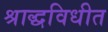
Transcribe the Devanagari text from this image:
श्राद्धविधीत